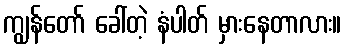
ကျွန်တော် ခေါ်တဲ့ နံပါတ် မှားနေတာလား။